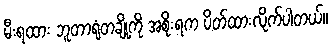
မီးရထား ဘူတာရုံတချို့ကို အစိုးရက ပိတ်ထားလိုက်ပါတယ်။